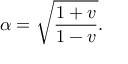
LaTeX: \alpha = \sqrt { \frac { 1 + v } { 1 - v } } .